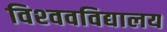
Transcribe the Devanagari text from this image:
विश्‍ववविद्यालय